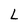
Character: L